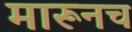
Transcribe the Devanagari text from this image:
मारूनच